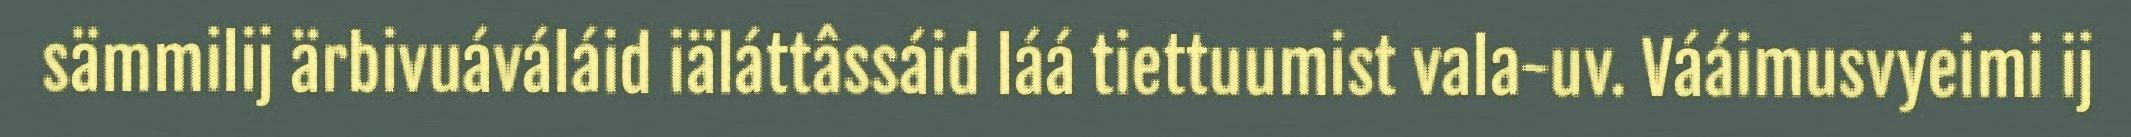
sämmilij ärbivuáváláid iäláttâssáid láá tiettuumist vala-uv. Vááimusvyeimi ij